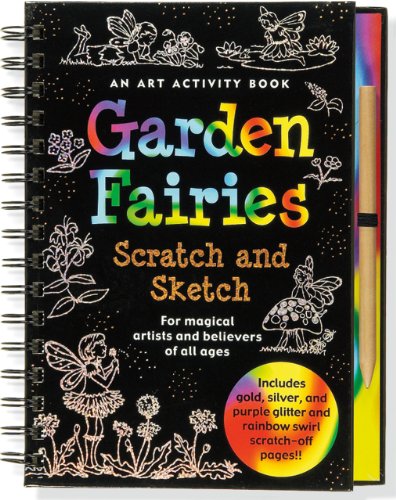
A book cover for Garden Fairies Scratch and Sketch: An Art Activity for Magical Artists and Believers of All Ages (Scratch & Sketch); Martha Day Zschock; Children's Books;